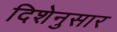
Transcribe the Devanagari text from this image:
दिशेनुसार